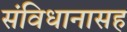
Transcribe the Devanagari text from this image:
संविधानासह